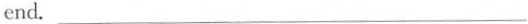
end.___